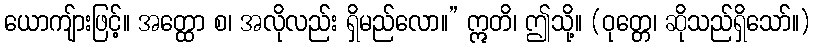
ယောကျ်ားဖြင့်။ အတ္ထော စ၊ အလိုလည်း ရှိမည်လော။” ဣတိ၊ ဤသို့။ (ဝုတ္တေ၊ ဆိုသည်ရှိသော်။)